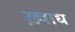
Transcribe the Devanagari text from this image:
ख़्वाध